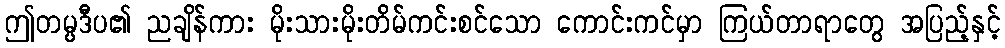
ဤတမ္ပဒီပ၏ ညချိန်ကား မိုးသားမိုးတိမ်ကင်းစင်သော ကောင်းကင်မှာ ကြယ်တာရာတွေ အပြည့်နှင့်